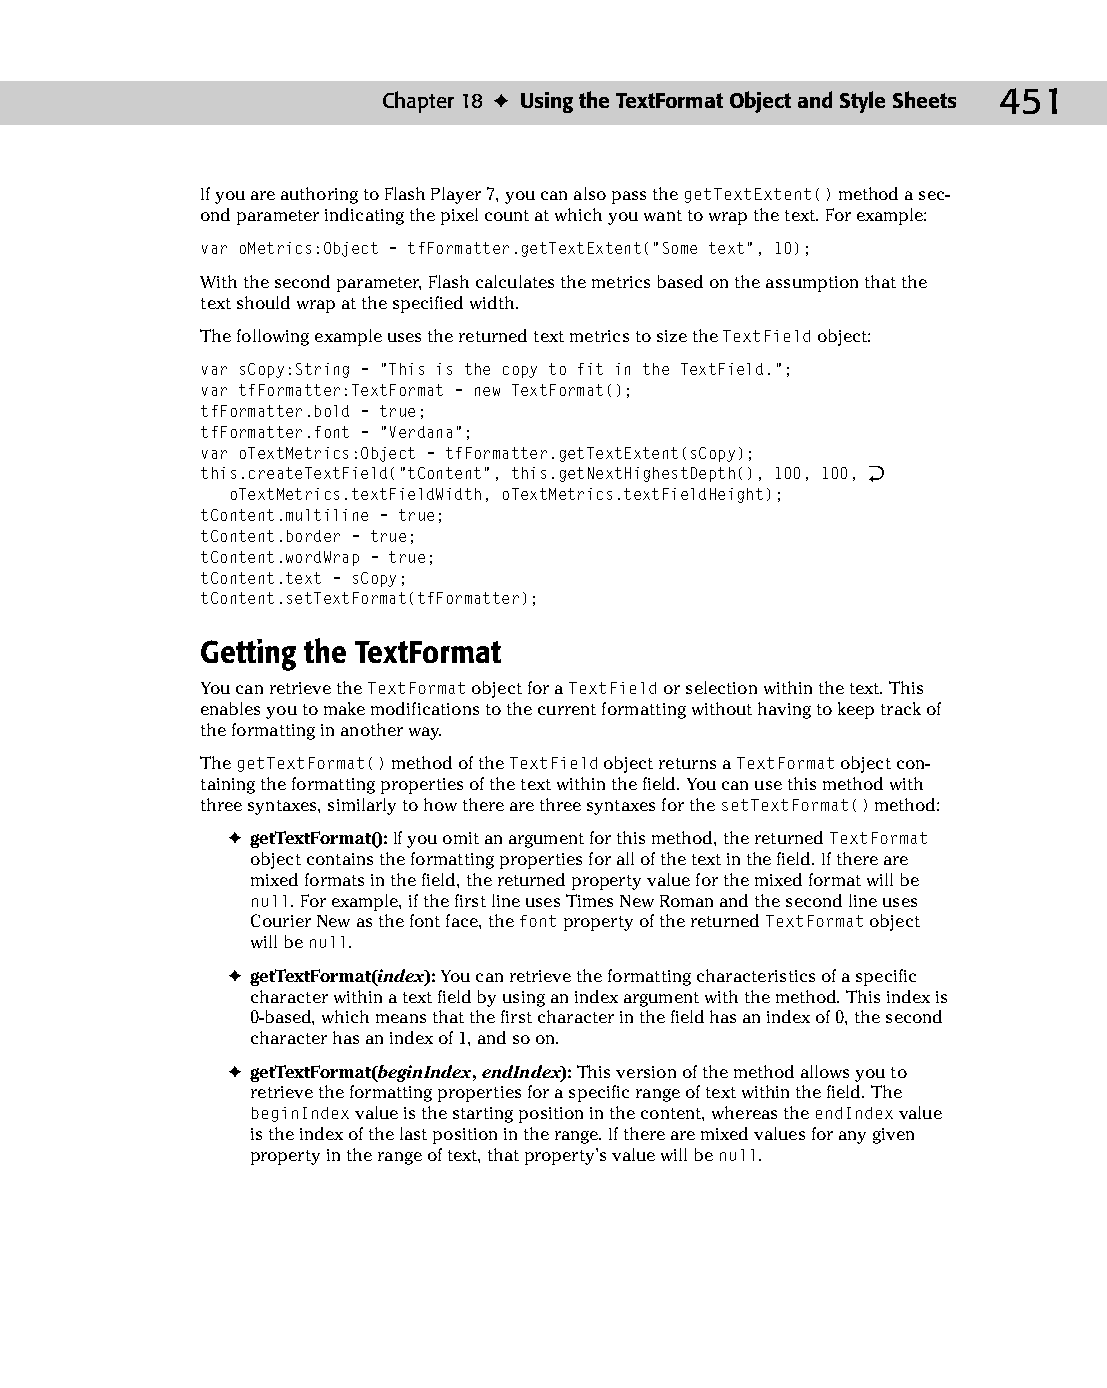
24 543547 ch18.qxd 3/24/04 4:10 PM Page 451
 Chapter 18 ✦ Using the TextFormat Object and Style Sheets 451
 If you are authoring to Flash Player 7, you can also pass the getTextExtent() method a sec­
 ond parameter indicating the pixel count at which you want to wrap the text. For example:
 var oMetrics:Object = tfFormatter.getTextExtent(“Some text”, 10);
 With the second parameter, Flash calculates the metrics based on the assumption that the
 text should wrap at the specified width.
 The following example uses the returned text metrics to size the TextField object:
 var sCopy:String = “This is the copy to fit in the TextField.”;
 var tfFormatter:TextFormat = new TextFormat();
 tfFormatter.bold = true;
 tfFormatter.font = “Verdana”;
 var oTextMetrics:Object = tfFormatter.getTextExtent(sCopy);
 this.createTextField(“tContent”, this.getNextHighestDepth(), 100, 100, Æ
 oTextMetrics.textFieldWidth, oTextMetrics.textFieldHeight);
 tContent.multiline = true;
 tContent.border = true;
 tContent.wordWrap = true;
 tContent.text = sCopy;
 tContent.setTextFormat(tfFormatter);
 Getting the TextFormat
 You can retrieve the TextFormat object for a TextField or selection within the text. This
 enables you to make modifications to the current formatting without having to keep track of
 the formatting in another way.
 The getTextFormat() method of the TextField object returns a TextFormat object con­
 taining the formatting properties of the text within the field. You can use this method with
 three syntaxes, similarly to how there are three syntaxes for the setTextFormat() method:
 ✦ getTextFormat(): If you omit an argument for this method, the returned TextFormat
 object contains the formatting properties for all of the text in the field. If there are
 mixed formats in the field, the returned property value for the mixed format will be
 null. For example, if the first line uses Times New Roman and the second line uses
 Courier New as the font face, the font property of the returned TextFormat object
 will be null.
 ✦ getTextFormat(index): You can retrieve the formatting characteristics of a specific
 character within a text field by using an index argument with the method. This index is
 0-based, which means that the first character in the field has an index of 0, the second
 character has an index of 1, and so on.
 ✦ getTextFormat(beginIndex, endIndex): This version of the method allows you to
 retrieve the formatting properties for a specific range of text within the field. The
 beginIndex value is the starting position in the content, whereas the endIndex value
 is the index of the last position in the range. If there are mixed values for any given
 property in the range of text, that property’s value will be null.